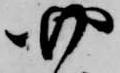
四